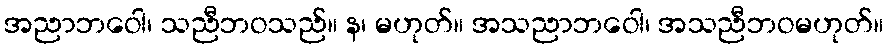
အညာဘဝေါ၊ သညီဘဝသည်။ န၊ မဟုတ်။ အသညာဘဝေါ၊ အသညီဘဝမဟုတ်။